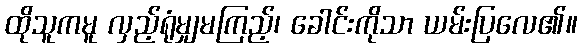
ထိုသူကမူ လှည့်ရုံမျှမကြည့်၊ ခေါင်းကိုသာ ယမ်းပြလေ၏။